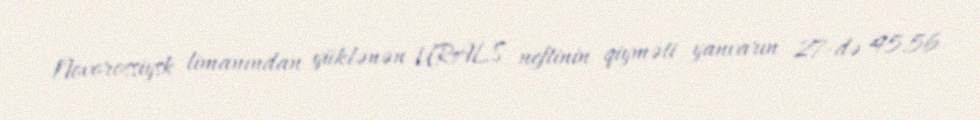
Novorossiysk limanından yüklənən URALS neftinin qiyməti yanvarın 27-də 45,56